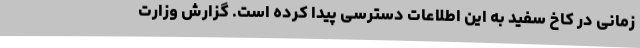
زمانی در کاخ سفید به این اطلاعات دسترسی پیدا کرده است. گزارش وزارت